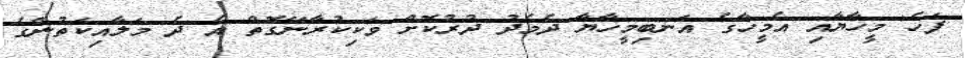
ފަހެ މީހާޔާއި އެމީހާގެ އަނބިމީހާޔާ ދެމެދު ދުރުކޮށް ވަކިކުރާނޭގޮތް އެ ދެ މަލާއިކަތުންގެ